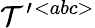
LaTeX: {\cal T}^{\prime}{}^{<abc>}